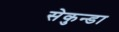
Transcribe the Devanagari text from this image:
सेकुन्डा